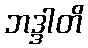
ဘဒ္ဒါတိ